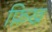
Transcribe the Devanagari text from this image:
फ़िख